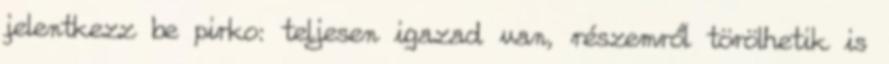
jelentkezz be pirko: teljesen igazad van, részemről törölhetik is